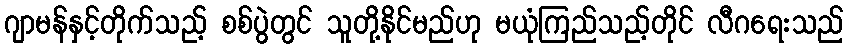
ဂျာမန်နှင့်တိုက်သည့် စစ်ပွဲတွင် သူတို့နိုင်မည်ဟု မယုံကြည်သည့်တိုင် လီဂရေးသည်